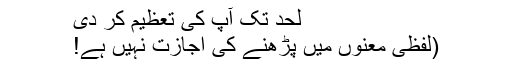
لحد تک آپ کی تعظیم کر دی
(لفظی معنوں میں پڑھنے کی اجازت نہیں ہے!